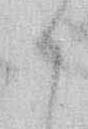
か